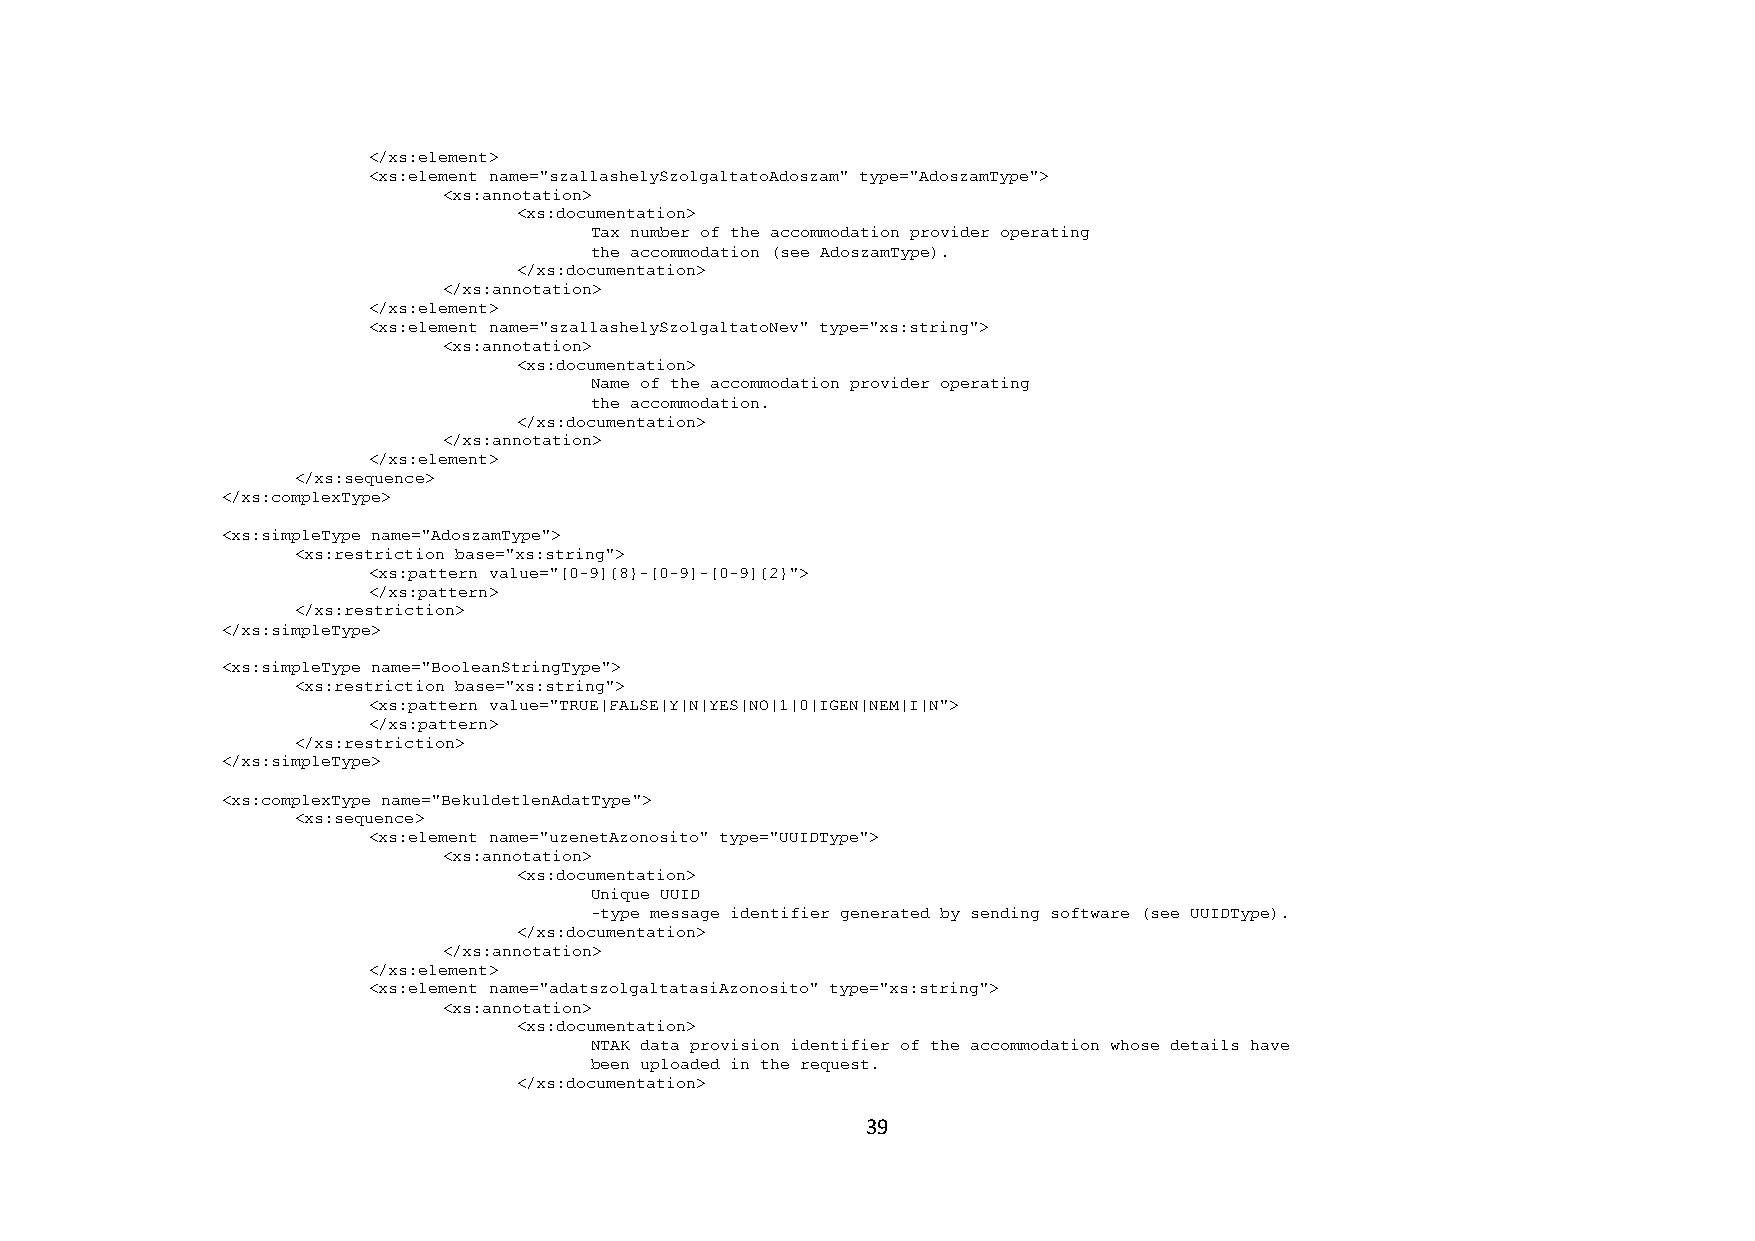
</xs:element>
 <xs:element name="szallashelySzolgaltatoAdoszam" type="AdoszamType">
 <xs:annotation>
 <xs:documentation>
 Tax number of the accommodation provider operating
 the accommodation (see AdoszamType).
 </xs:documentation>
 </xs:annotation>
 </xs:element>
 <xs:element name="szallashelySzolgaltatoNev" type="xs:string">
 <xs:annotation>
 <xs:documentation>
 Name of the accommodation provider operating
 the accommodation.
 </xs:documentation>
 </xs:annotation>
 </xs:element>
 </xs:sequence>
 </xs:complexType>
 <xs:simpleType name="AdoszamType">
 <xs:restriction base="xs:string">
 <xs:pattern value="[0-9]{8}-[0-9]-[0-9]{2}">
 </xs:pattern>
 </xs:restriction>
 </xs:simpleType>
 <xs:simpleType name="BooleanStringType">
 <xs:restriction base="xs:string">
 <xs:pattern value="TRUE|FALSE|Y|N|YES|NO|1|0|IGEN|NEM|I|N">
 </xs:pattern>
 </xs:restriction>
 </xs:simpleType>
 <xs:complexType name="BekuldetlenAdatType">
 <xs:sequence>
 <xs:element name="uzenetAzonosito" type="UUIDType">
 <xs:annotation>
 <xs:documentation>
 Unique UUID
 -type message identifier generated by sending software (see UUIDType).
 </xs:documentation>
 </xs:annotation>
 </xs:element>
 <xs:element name="adatszolgaltatasiAzonosito" type="xs:string">
 <xs:annotation>
 <xs:documentation>
 NTAK data provision identifier of the accommodation whose details have
 been uploaded in the request.
 </xs:documentation>
 39